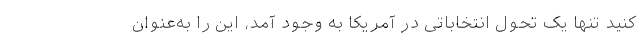
کنید تنها یک تحول انتخاباتی در آمریکا به وجود آمد، این را به‌عنوان